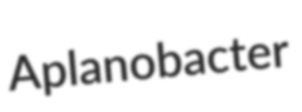
Aplanobacter